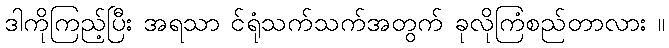
ဒါကိုကြည့်ပြီး အရသာ င်ရုံသက်သက်အတွက် ခုလိုကြံစည်တာလား ။